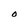
Character: O